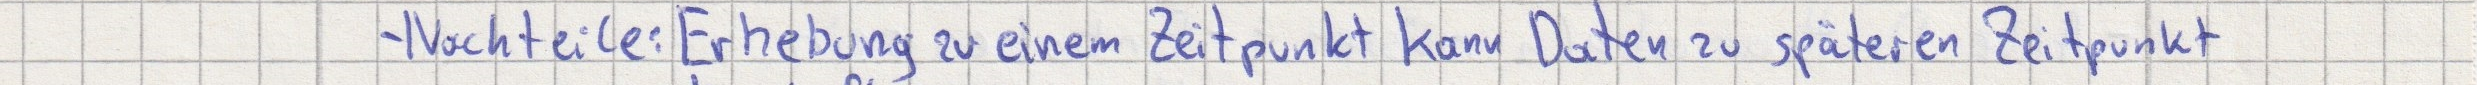
- Nachteile: Erhebung zu einem Zeitpunkt kann Daten zu späteren Zeitpunkt